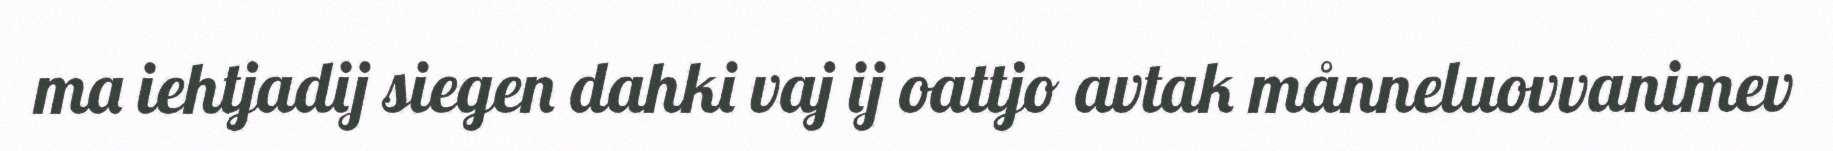
ma iehtjadij siegen dahki vaj ij oattjo avtak månneluovvanimev